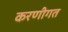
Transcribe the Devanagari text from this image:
करणीगत